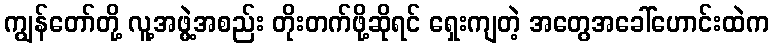
ကျွန်တော်တို့ လူ့အဖွဲ့အစည်း တိုးတက်ဖို့ဆိုရင် ရှေးကျတဲ့ အတွေအခေါ်ဟောင်းထဲက